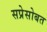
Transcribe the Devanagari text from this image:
सप्रेसोबत